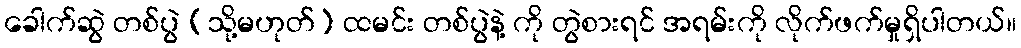
ခေါက်ဆွဲ တစ်ပွဲ (သို့မဟုတ်) ထမင်း တစ်ပွဲနဲ့ ကို တွဲစားရင် အရမ်းကို လိုက်ဖက်မှုရှိပါတယ်။